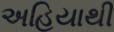
અહિયાથી